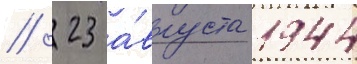
// 23 а́вгуста 1944